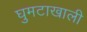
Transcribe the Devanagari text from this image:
घुमटाखाली